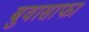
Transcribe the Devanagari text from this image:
बुवासाफा